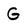
Character: G